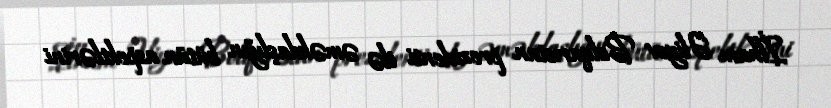
İlham Əliyev Bolqarıstan prezidenti ilə əməkdaşlığın bütün aspektlərini